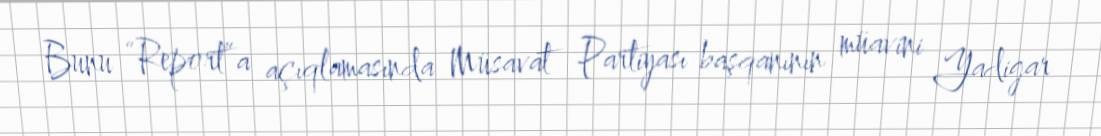
Bunu “Report”a açıqlamasında Müsavat Partiyası başqanının müavini Yadigar